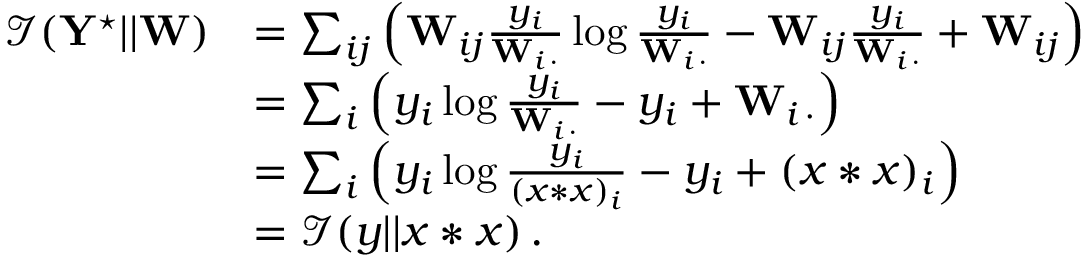
\begin{array} { r l } { \mathcal { I } ( \mathbf { Y } ^ { \star } | | \mathbf { W } ) } & { = \sum _ { i j } \Big ( \mathbf { W } _ { i j } \frac { y _ { i } } { \mathbf { W } _ { i \, \cdot } } \log \frac { y _ { i } } { \mathbf { W } _ { i \, \cdot } } - \mathbf { W } _ { i j } \frac { y _ { i } } { \mathbf { W } _ { i \, \cdot } } + \mathbf { W } _ { i j } \Big ) } \\ & { = \sum _ { i } \Big ( y _ { i } \log \frac { y _ { i } } { \mathbf { W } _ { i \, \cdot } } - y _ { i } + \mathbf { W } _ { i \, \cdot } \Big ) } \\ & { = \sum _ { i } \Big ( y _ { i } \log \frac { y _ { i } } { ( x * x ) _ { i } } - y _ { i } + ( x * x ) _ { i } \Big ) } \\ & { = \mathcal { I } ( y | | x * x ) \, . } \end{array}